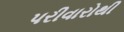
પરીવારોથી